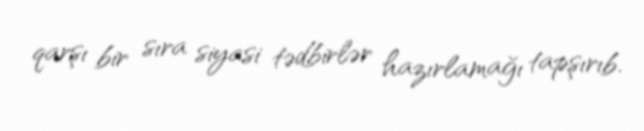
qarşı bir sıra siyasi tədbirlər hazırlamağı tapşırıb.